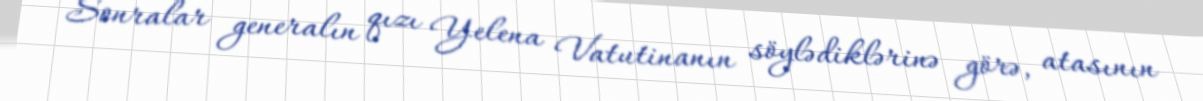
Sonralar generalın qızı Yelena Vatutinanın söylədiklərinə görə, atasının